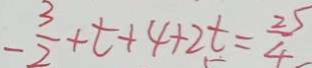
- \frac { 3 } { 2 } + t + 4 + 2 t = \frac { 2 5 } { 4 }